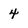
Character: 4